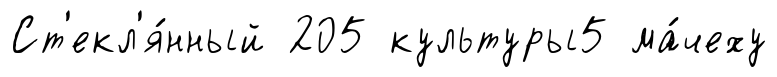
Ст'екл'я́нный 205 культуры5 ма́чеху